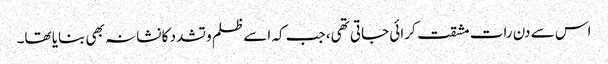
اس سے دن رات مشقت کرائی جاتی تھی، جب کہ اسے ظلم و تشدد کا نشانہ بھی بنایا تھا۔